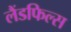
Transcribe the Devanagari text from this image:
लैंडफिल्स